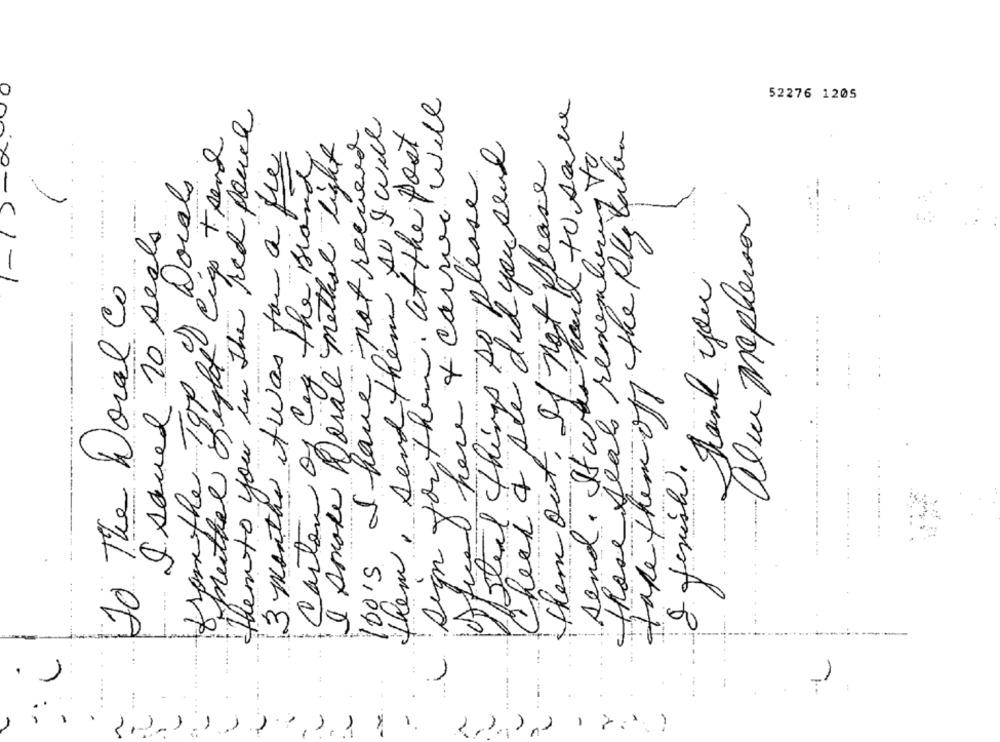
i will
send . It was hard to save
52276 1205
them to your in the ted pouce
them, send them to & will
100'5 I have not recuerd
sign you then, at the post
Cig trend
Check a she did you send
3 months it was for a the
those seal remembering to
Carton of Cay the Brand
I smoke Doral methat light
them out, If not please
-
from the Top of Docals
steal things so please
2
offical here & carrie
ale Mepherson
I saved 10 seats
-
Thank you
To The Doral Co
neither fight
take theme
& finish.
. )
1
,1